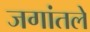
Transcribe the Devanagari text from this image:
जगांतले